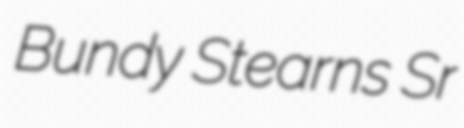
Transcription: Bundy Stearns Sr